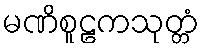
မဏိစူဠကသုတ္တံ